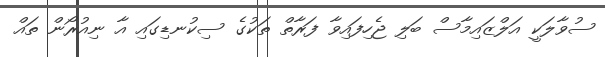
ސުވާލަކީ އަލްޒައިމާސް ބަލި ޖެހިފައިވާ ފަރާތް ތަކުގެ ސިކުނޑިގައި އާ ނިއުރޯން ތައް